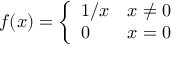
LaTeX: f ( x ) = { \left\{ \begin{array} { l l } { 1 / x } & { x \not = 0 } \\ { 0 } & { x = 0 } \end{array} \right. }